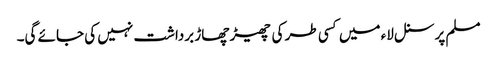
مسلم پرسنل لاء میں کسی طر کی چھیڑ چھاڑ برداشت نہیں کی جائے گی۔